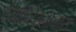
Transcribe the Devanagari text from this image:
टेनोच्टिट्लानास